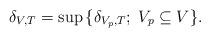
LaTeX: \begin{align*} \delta_{V,T}=\sup\,\{ \delta_{V_p,T};\; V_p\subseteq V\}.\end{align*}